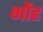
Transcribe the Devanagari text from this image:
भौह